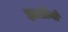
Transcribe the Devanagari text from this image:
झाडीयों